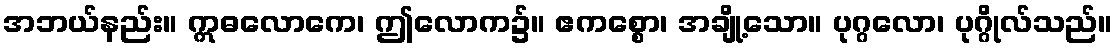
အဘယ်နည်း။ ဣဓလောကေ၊ ဤလောက၌။ ဧကစ္စော၊ အချို့သော။ ပုဂ္ဂလော၊ ပုဂ္ဂိုလ်သည်။